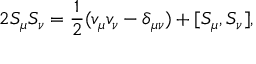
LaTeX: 2 S _ { \mu } { S } _ { \nu } = \frac { 1 } { 2 } ( v _ { \mu } { v } _ { \nu } - \delta _ { \mu \nu } ) + [ S _ { \mu } , S _ { \nu } ] ,